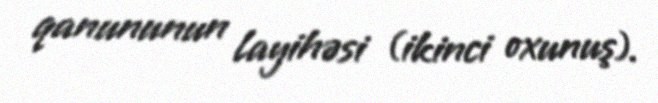
qanununun layihəsi (ikinci oxunuş).